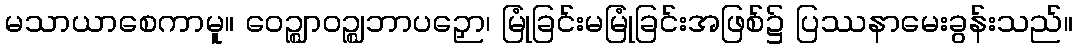
မသာယာစေကာမူ။ ဝေဉ္ဈာဝဉ္ဈဘာပဉှော၊ မြုံခြင်းမမြုံခြင်းအဖြစ်၌ ပြဿနာမေးခွန်းသည်။